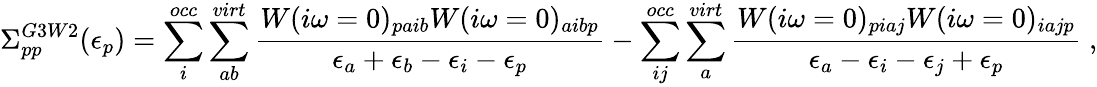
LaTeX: \Sigma_{pp}^{G3W2}(\epsilon_{p})=\sum_{i}^{occ}\sum_{ab}^{virt}\frac{W(i\omega=0)_{paib}W(i\omega=0)_{aibp}}{\epsilon_{a}+\epsilon_{b}-\epsilon_{i}-\epsilon_{p}}-\sum_{ij}^{occ}\sum_{a}^{virt}\frac{W(i\omega=0)_{piaj}W(i\omega=0)_{iajp}}{\epsilon_{a}-\epsilon_{i}-\epsilon_{j}+\epsilon_{p}}\; ,